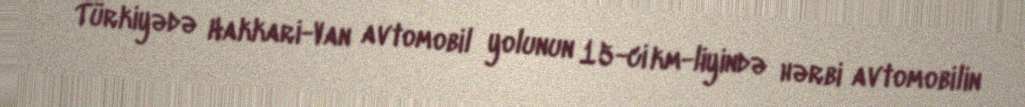
Türkiyədə Hakkari-Van avtomobil yolunun 15-ci km-liyində hərbi avtomobilin